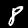
Label: 8